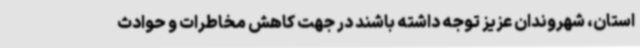
استان، شهروندان عزیز توجه داشته باشند در جهت کاهش مخاطرات و حوادث